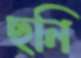
ছনি